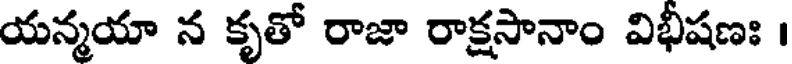
యన్మయా న కృతో రాజా రాక్షసానాం విభీషణః ।